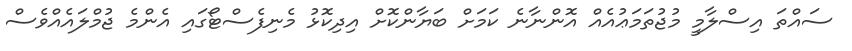
ސައްތަ އިސްލާމީ މުޖުތަމަޢުއެއް އޮންނާނެ ކަމަށް ބަޔާންކޮށް އިދިކޮޅު މެނިފެސްޓޯގައި އެންމެ ޖުމްލައެއްވެސް